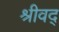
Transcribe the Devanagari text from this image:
श्रीवद्‌